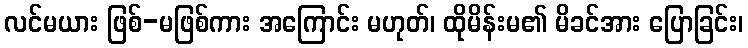
လင်မယား ဖြစ်-မဖြစ်ကား အကြောင်း မဟုတ်၊ ထိုမိန်းမ၏ မိခင်အား ပြောခြင်း၊